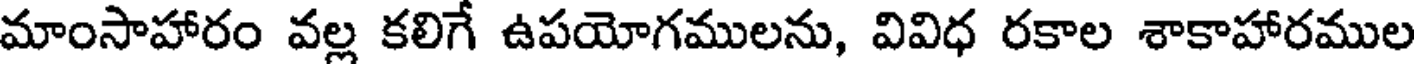
మాంసాహారం వల్ల కలిగే ఉపయోగములను, వివిధ రకాల శాకాహారముల